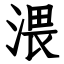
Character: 渨